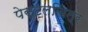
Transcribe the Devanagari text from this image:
पेस्टलचित्र